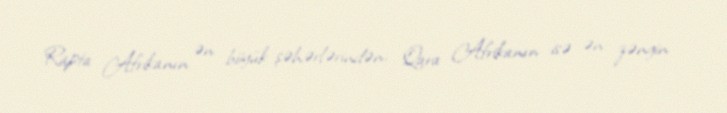
Rapta Afrikanın ən böyük şəhərlərindən, Qara Afrikanın isə ən zəngin